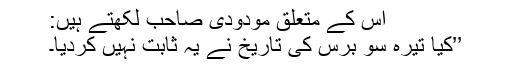
اس کے متعلق مودودی صاحب لکھتے ہیں:
’’کیا تیرہ سو برس کی تاریخ نے یہ ثابت نہیں کردیا۔